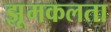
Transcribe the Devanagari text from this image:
झूमकलता